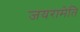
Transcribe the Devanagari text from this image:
जयरामेति